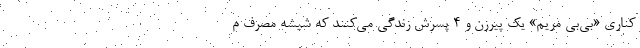
کناری «بی‌بی مریم» یک پیرزن و ۴ پسرش زندگی می‌کنند که شیشه مصرف م